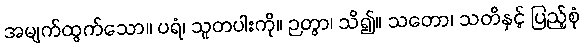
အမျက်ထွက်သော။ ပရံ၊ သူတပါးကို။ ဉတွာ၊ သိ၍။ သတော၊ သတိနှင့် ပြည့်စုံ